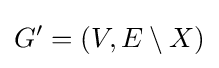
G'=(V,E\setminus X)